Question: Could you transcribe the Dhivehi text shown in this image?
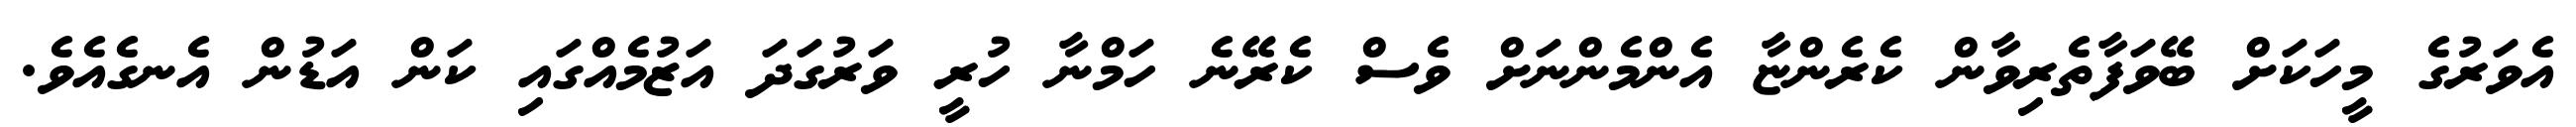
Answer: އެވަރުގެ މީހަކަށް ބޭވަފާތެރިވާން ކެރެންޏާ އެންމެންނަށް ވެސް ކެރޭނެ ހަމްނާ ހުރީ ވަރުގަދަ އަޒުމެއްގައި ކަން އަޑުން އެނގެއެވެ.